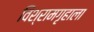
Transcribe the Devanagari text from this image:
विश्रामगृहाला